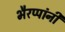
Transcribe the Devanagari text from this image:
भैरप्पांनी